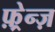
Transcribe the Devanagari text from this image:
फ़्रेन्ज़